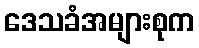
ဒေသခံအများစုက